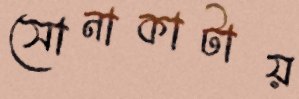
সোনাকাটায়